Leaving Certificate Examination, 1913
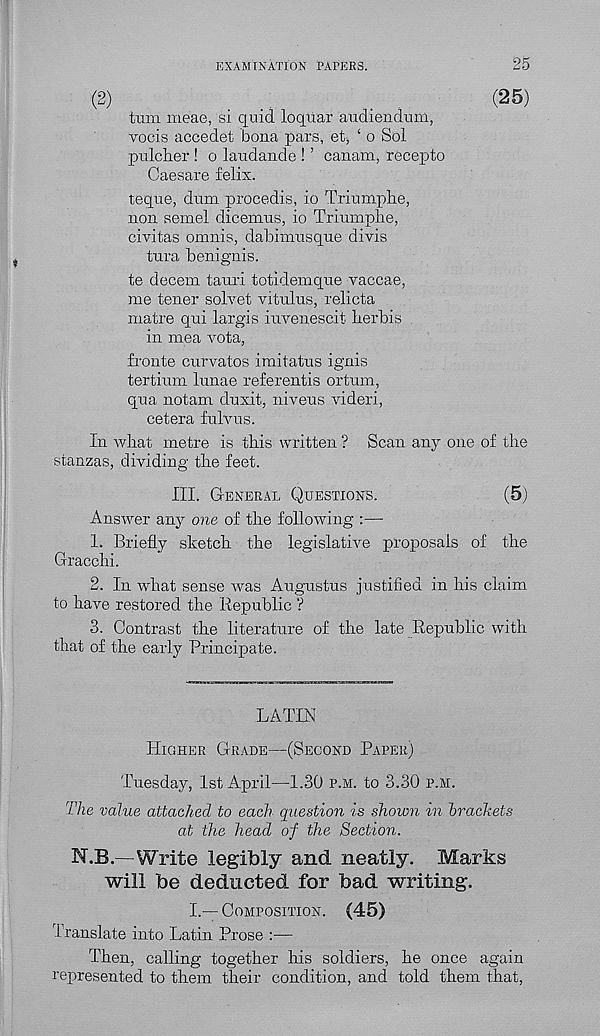
EXAMINATION PAPERS.
25
(2)
.
.
.
(25)
turn meae, si quid loqiiar audiendum,
vocis accedet bona pars, et^ £ o Sol
pu.lch.er! o laudande ! ’ canam, recepto
Caesare felix.
teque, dum. procedis, io Triumphe,
non semel dicemus, io Triumphe,
civitas omnis, dabimusque divis
tura benignis.
te decern tauri totidemque vaccae,
me tener solve! vitulus, relicta
matre qui largis iuvenescit herbis ,
in mea vota,
fronte curvatos imitatus ignis
tertium lunae referentis ortum,
qua notam duxit, niveus videri,
cetera fulvus.
In what metre is this written ? Scan any one of the
stanzas, dividing the feet.
III. GENERAL QUESTIONS.
(5)
Answer any one of the following :—
1. Briefly sketch the legislative proposals of the
Gracchi.
2. In what sense was Augustus justified in his claim,
to have restored the Republic ?
3. Contrast the literature of the late Republic with
that of the early Principate.
LA TIE
HIGHER GRADE—(SECOND PAPER)
Tuesday, 1st April—1.30 P.M. to 3.30 P.M.
The value attached to each question is shown in brackets
at the head of the Section.
N.B.—Write legibly and neatly. Marks
will be deducted for bad writing.
L—COMPOSITION. (45)
Translate into Latin Prose :—
Then, calling together his soldiers, he once again
represented to them their condition, and told them that,